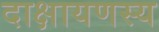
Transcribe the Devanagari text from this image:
दाक्षायणस्य